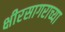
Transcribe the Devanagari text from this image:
क्षीरसागराच्या